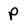
Character: P